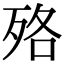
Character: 𣧳